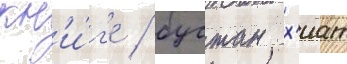
кн'и́г'е / бустан х'иат